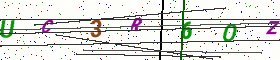
Text: UC3R6OZ